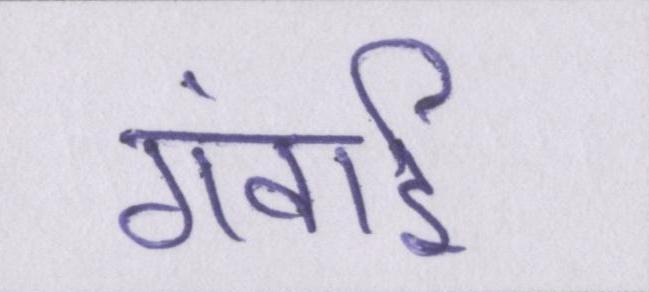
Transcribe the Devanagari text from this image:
गंवाई